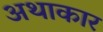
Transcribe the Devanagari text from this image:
अथाकार